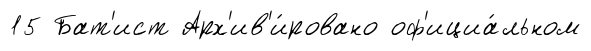
15 Бат'ист Арх'ив'и́ровано оф'ициа́льном